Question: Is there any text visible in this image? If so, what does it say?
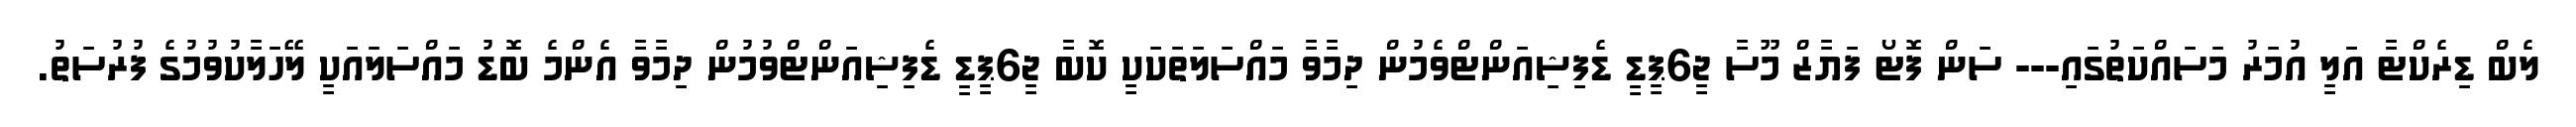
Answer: ލެބް ޑިރެކްޓާ އަލީ އުމަރު މަސައްކަތުގައި--- ސަން ފޮޓޯ ފަޔާޒް މޫސާ ޖީ6ޕީޑީ ޑެފިޝިއަންޓްވެމުން ދިމާވާ މައްސަލަތަކަކީ ކޮބާ ޖީ6ޕީޑީ ޑެފިޝިއަންޓްވުމުން ދިމާވާ އެންމެ ބޮޑު މައްސަލައަކީ ލޭހަލާކުވުމުގެ ފުރުސަތު.